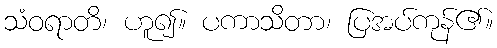
သံဝရာတိ၊ ဟူ၍။ ပကာသိတာ၊ ပြအပ်ကုန်၏။